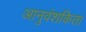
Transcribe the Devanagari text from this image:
आनुवंशकिता